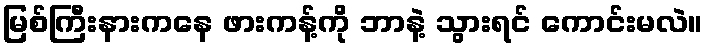
မြစ်ကြီးနားကနေ ဖားကန့်ကို ဘာနဲ့ သွားရင် ကောင်းမလဲ။